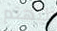
ليهتم